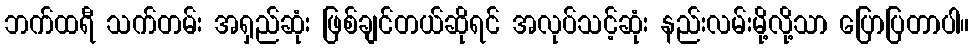
ဘက်ထရီ သက်တမ်း အရှည်ဆုံး ဖြစ်ချင်တယ်ဆိုရင် အလုပ်သင့်ဆုံး နည်းလမ်းမို့လို့သာ ပြောပြတာပါ။